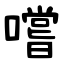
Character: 嚐